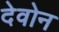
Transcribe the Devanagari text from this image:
देवोन